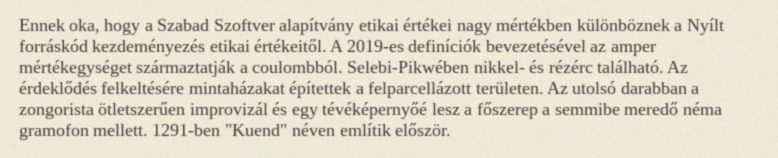
Ennek oka, hogy a Szabad Szoftver alapítvány etikai értékei nagy mértékben különböznek a Nyílt forráskód kezdeményezés etikai értékeitől. A 2019-es definíciók bevezetésével az amper mértékegységet származtatják a coulombból. Selebi-Pikwében nikkel- és rézérc található. Az érdeklődés felkeltésére mintaházakat építettek a felparcellázott területen. Az utolsó darabban a zongorista ötletszerűen improvizál és egy tévéképernyőé lesz a főszerep a semmibe meredő néma gramofon mellett. 1291-ben "Kuend" néven említik először.